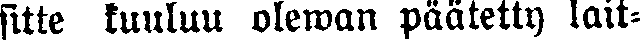
sitte kuuluu olewan päätetty lait-